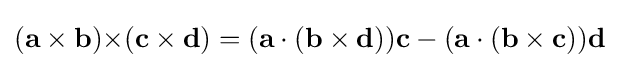
(\mathbf {a\times b} )\mathbf {\times } (\mathbf {c} \times \mathbf {d} )=(\mathbf {a} \cdot (\mathbf {b} \times \mathbf {d} ))\mathbf {c} -(\mathbf {a} \cdot (\mathbf {b} \times \mathbf {c} ))\mathbf {d} \